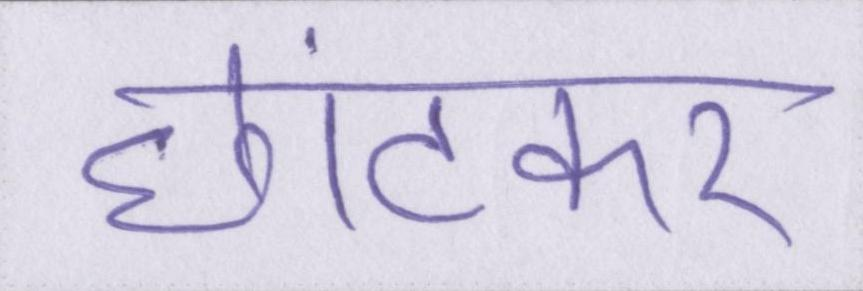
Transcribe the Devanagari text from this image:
छांटकर